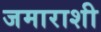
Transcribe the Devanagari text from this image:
जमाराशी